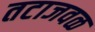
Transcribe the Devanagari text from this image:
तटाजवळ